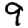
Digit: 9